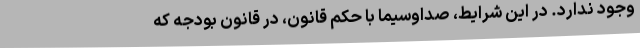
وجود ندارد. در این شرایط، صداوسیما با حکم قانون، در قانون بودجه که